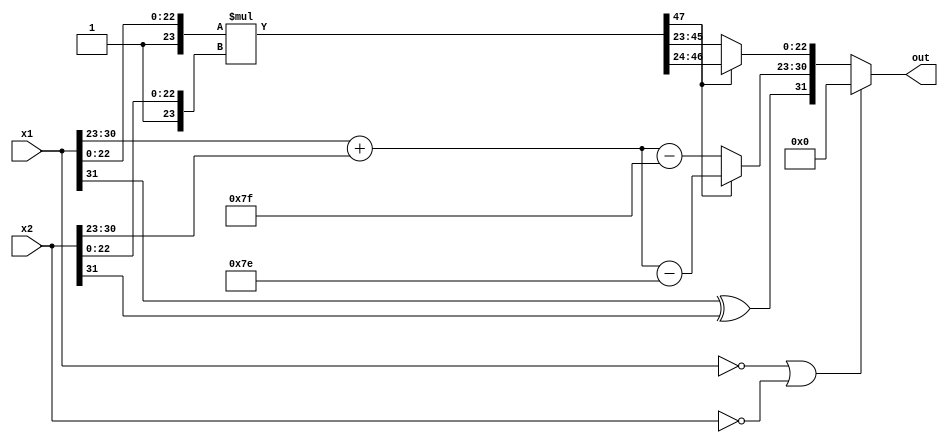
module FloatingPointMultiplier(x1, x2, out);
input wire [31:0] x1, x2;
output reg [31:0] out;
reg [31:0] f, s;
reg [47:0] mult48;
wire [7:0] exp1 = x1[30:23];
wire [7:0] exp2 = x2[30:23];
wire sign1 = x1[31];
wire sign2 = x2[31];
wire sign = sign1 ^ sign2;
wire flag;
assign flag = mult48[47];
reg [22:0] frac;
reg [7:0] exp;
always@(x1 or x2) begin
     f = {1'b1, x1[22:0]};
     s = {1'b1, x2[22:0]};
 mult48 = f*s;

 if (flag == 1'b0) begin
  frac = mult48[45:23];
  exp = exp1 + exp2 - 127;
 end
 else begin
  frac = mult48[46:24];
  exp = exp1 + exp2 - 126;
 end
 out = {sign, exp, frac};
 if (x1 == 32'b0 | x2 == 32'b0) out = 32'b0;
end
endmodule